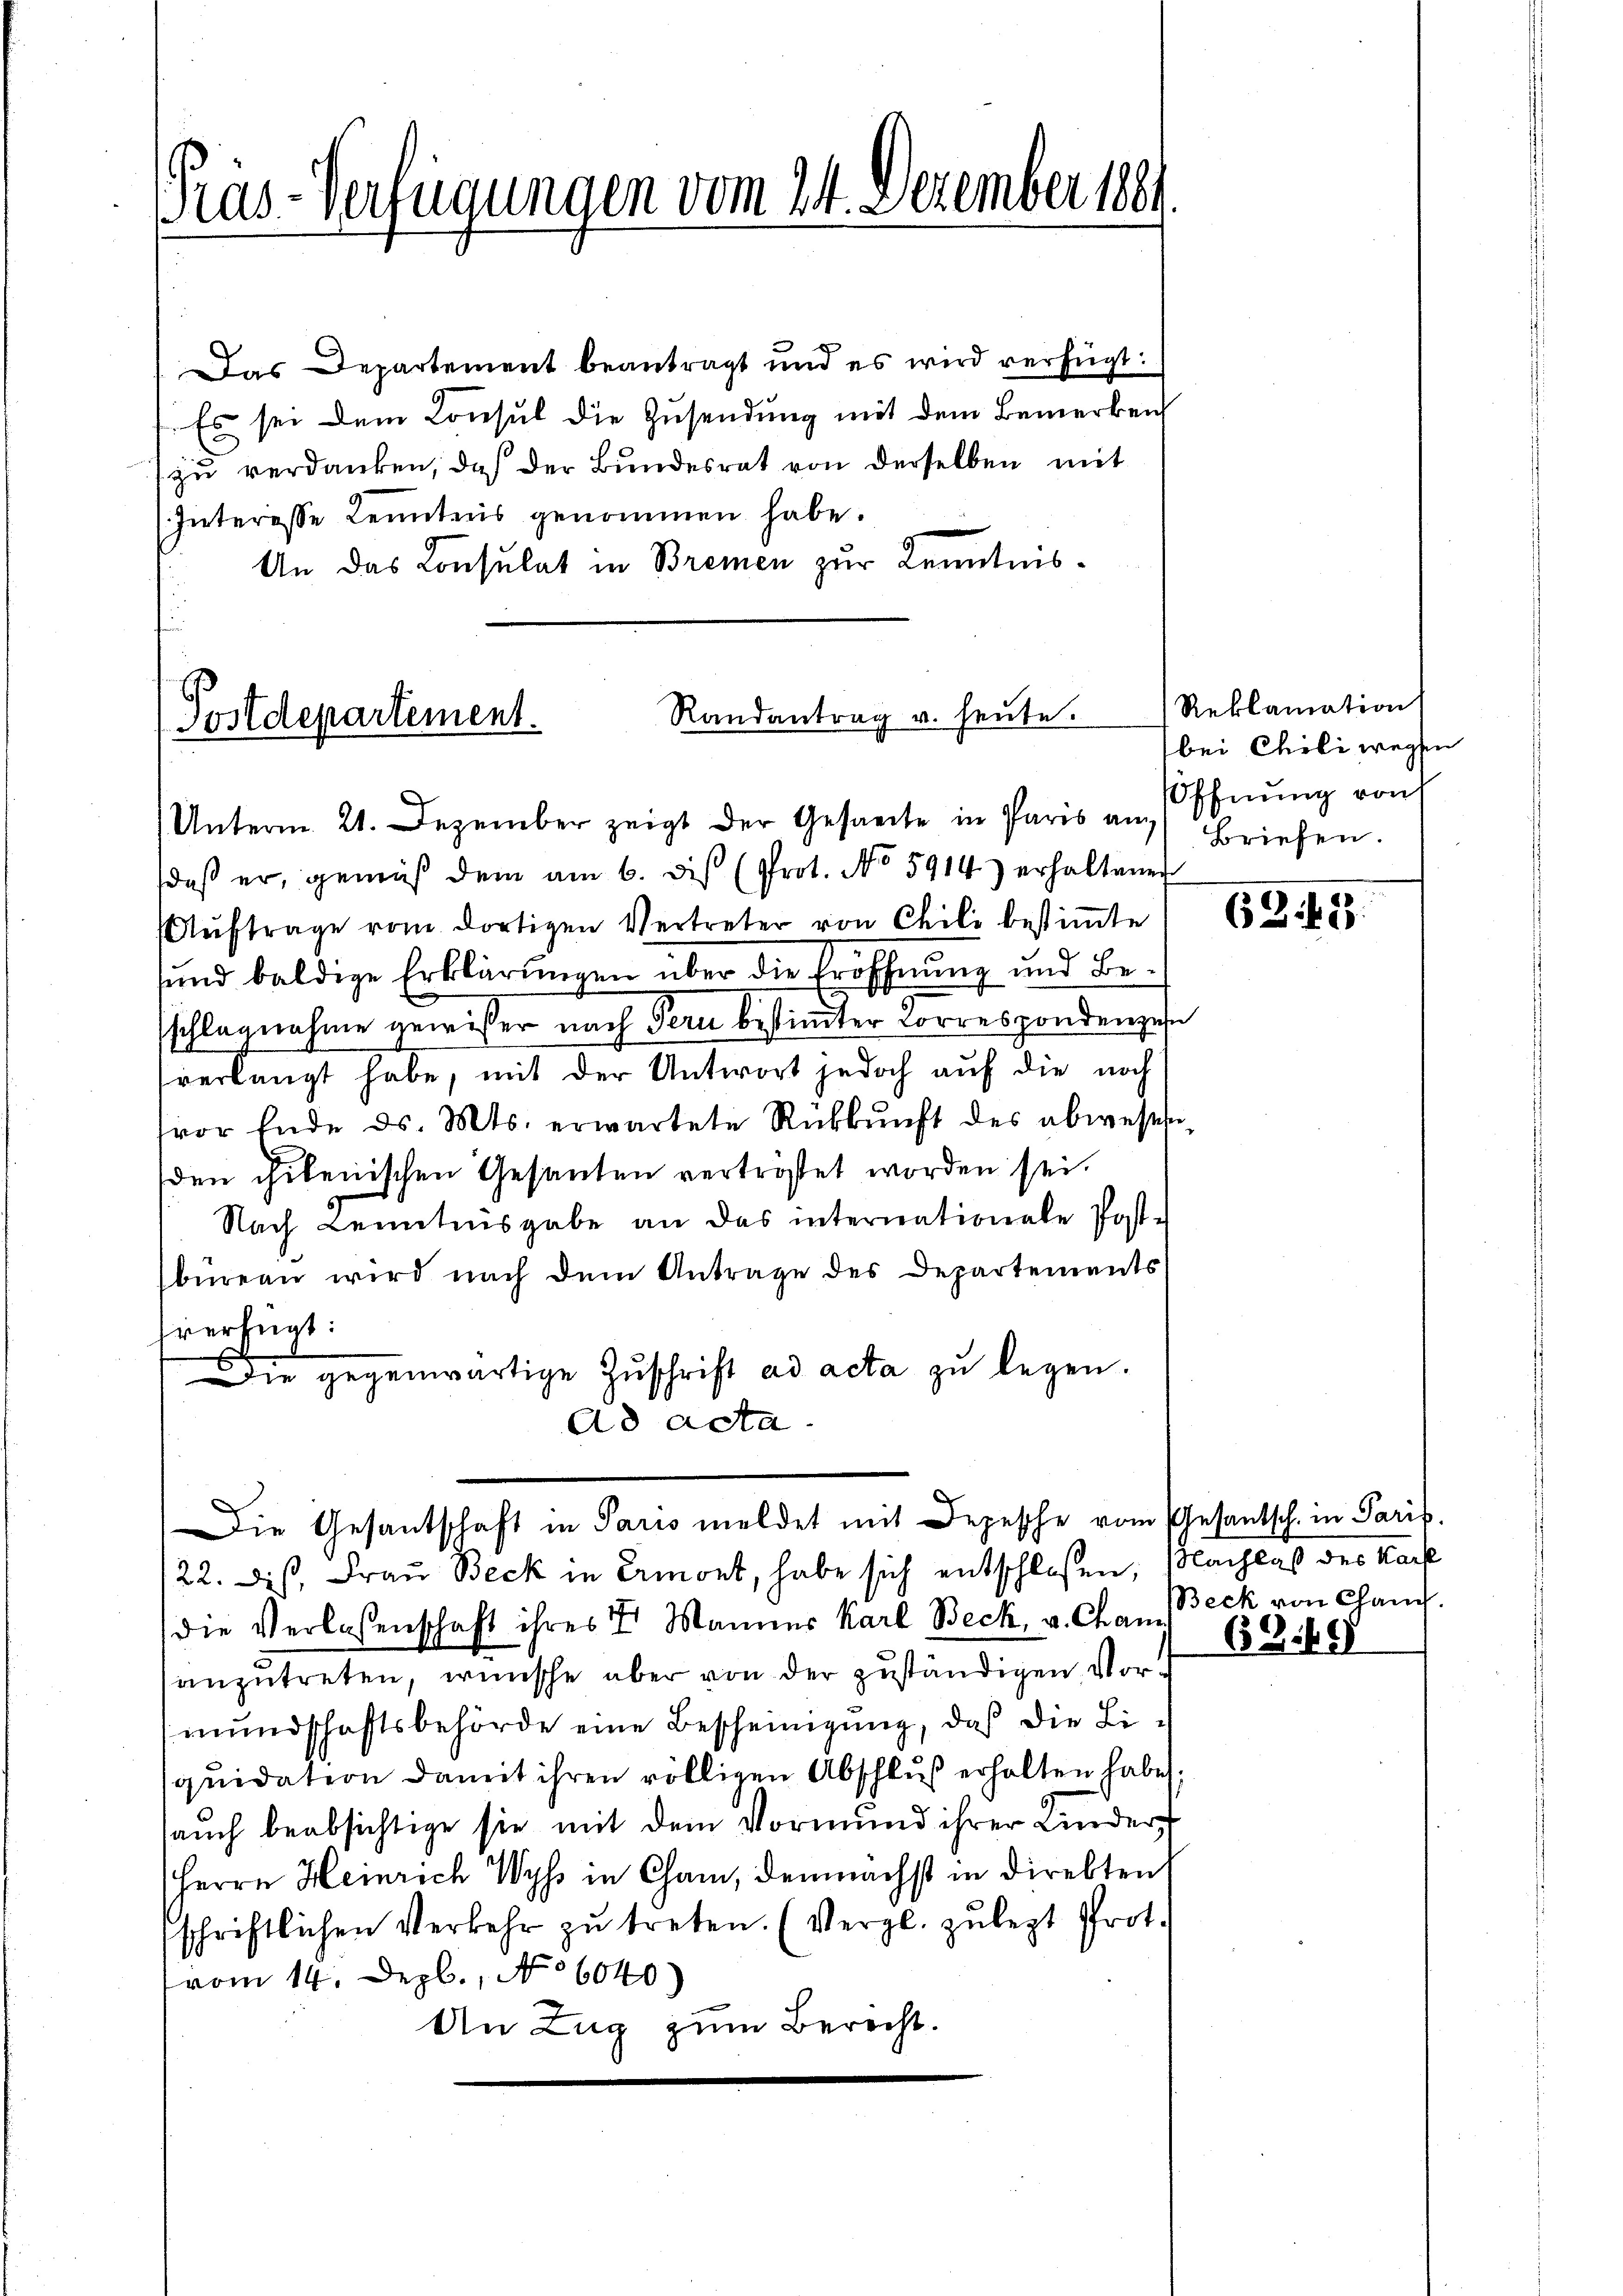
Prüs-Verfügungen vom 24. Dezember 1881

Das Departement beantragt und es wird verfügt:
Es sei dem Consul die Zusendung mit dem Bemerken
zu verdanken, daß der Bundesrat von derselben mit
(Interesse Lenntnis genommen habe.
An das Consulat in Bremen zur Kenntnis¬

Randantrag u. heute.
Postdepartement.
Unterm 21. Dezember zeigt der Gesandte in Paris an (Ehnŭng von

Die Gesantschaft in Paris meldet mit Depesche vom Gesantsch. in Paris.

daß er, gemäß dem am 6. dis (Prot. No 5914.) erhaltener
Aŭftrage vom dortigen Vertreter von Chili bestiṁte
sund baldige Erklärungen über die Eröffnung und Besschlagnahme gewisser nach Tern bestimmter Correspondenzen
verlangt habe, mit der Antwort jedoch auf die noch
vor Ende d. Mts. erwartete Rükkŭnft des abwesen
den chilenischen Gesanten vertrostet worden sei.
Nach Kenntnisgabe an das internationale Post-
büreau wird nach dem Antrage des Departements
fverfügt:
Die gegenwärtige Zŭschrift ad acta zu legen.
Ad Acta

Reklamation
bei Chili wegen
Briefen.

122. Die Frau Beck in Ermont, habe sich entschlossen, Nachlaß des Kar
die Verlassenschaft ihres 7. Mannes Karl Beck, u. Chan. Beck von Chanc
anzutreten, wünsche aber von der zuständigen Vormundschaftsbehörde eine Bescheinigung, daß die Liquidation damit ihren völligen Abschluß erhalten habe;
auch beabsichtige sie mit dem Vormund ihrer Kinder
Herrn Heinrich Wyss in Cham, demnächst in direkten
schriftlichen Verkehr zŭ treten. (Vergl. zulezt Prot.
vom 14. Dezb., No 6040)
An Zug zum Berecht.

635

6349